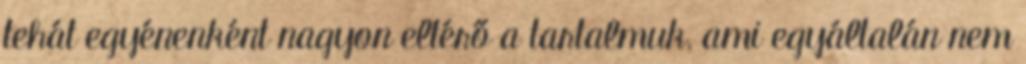
tehát egyénenként nagyon eltérő a tartalmuk, ami egyáltalán nem